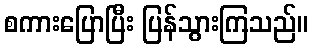
စကားပြောပြီး ပြန်သွားကြသည်။